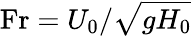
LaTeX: \textnormal{Fr}=U_{0}/\sqrt{gH_{0}}